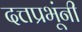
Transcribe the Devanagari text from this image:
दत्तप्रभूंनी